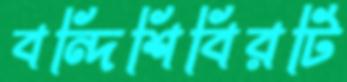
বন্দিশিবিরটি